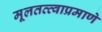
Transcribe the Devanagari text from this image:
मूलतत्त्वाप्रमाणे